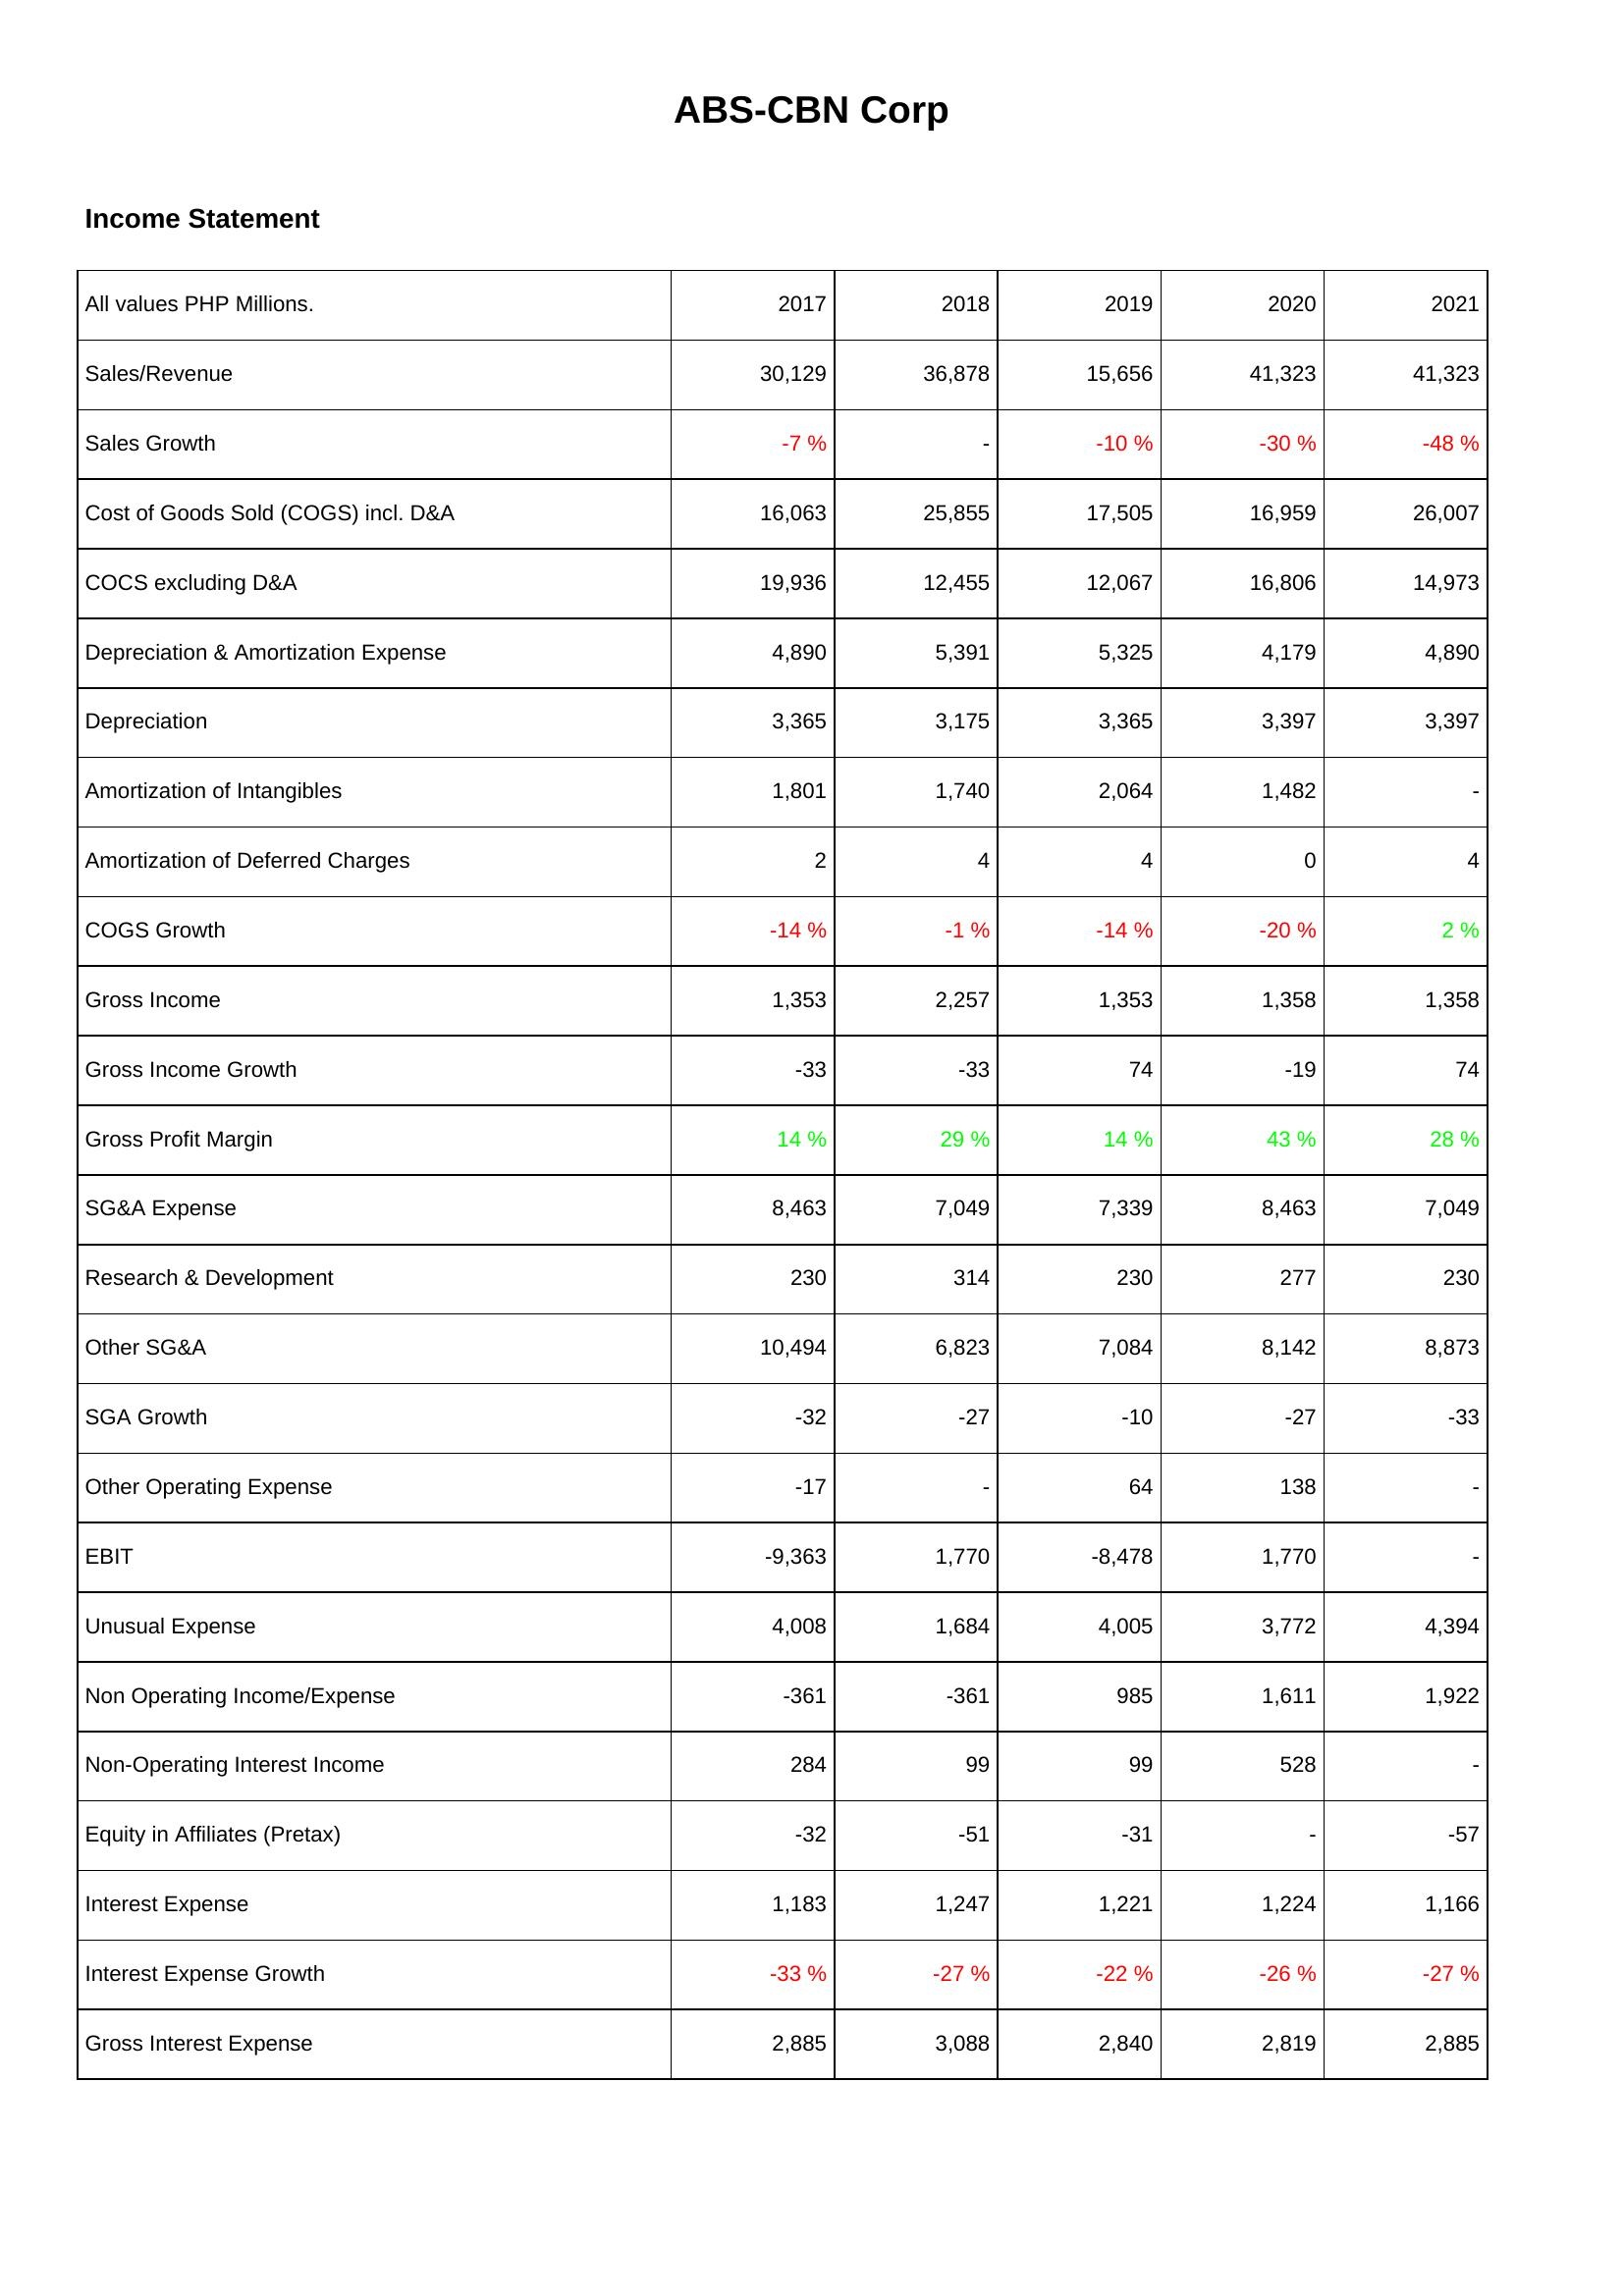
2017: Income Statement: Sales/Revenue: 30,129
Sales Growth: -7 %
Cost of Goods Sold (COGS) incl. D&A: 16,063
COCS excluding D&A: 19,936
Depreciation & Amortization Expense: 4,890
Depreciation: 3,365
Amortization of Intangibles: 1,801
Amortization of Deferred Charges: 2
COGS Growth: -14 %
Gross Income: 1,353
Gross Income Growth: -33
Gross Profit Margin: 14 %
SG&A Expense: 8,463
Research & Development: 230
Other SG&A: 10,494
SGA Growth: -32
Other Operating Expense: -17
EBIT: -9,363
Unusual Expense: 4,008
Non Operating Income/Expense: -361
Non-Operating Interest Income: 284
Equity in Affiliates (Pretax): -32
Interest Expense: 1,183
Interest Expense Growth: -33 %
Gross Interest Expense: 2,885
2018: Income Statement: Sales/Revenue: 36,878
Sales Growth: -
Cost of Goods Sold (COGS) incl. D&A: 25,855
COCS excluding D&A: 12,455
Depreciation & Amortization Expense: 5,391
Depreciation: 3,175
Amortization of Intangibles: 1,740
Amortization of Deferred Charges: 4
COGS Growth: -1 %
Gross Income: 2,257
Gross Income Growth: -33
Gross Profit Margin: 29 %
SG&A Expense: 7,049
Research & Development: 314
Other SG&A: 6,823
SGA Growth: -27
Other Operating Expense: -
EBIT: 1,770
Unusual Expense: 1,684
Non Operating Income/Expense: -361
Non-Operating Interest Income: 99
Equity in Affiliates (Pretax): -51
Interest Expense: 1,247
Interest Expense Growth: -27 %
Gross Interest Expense: 3,088
2019: Income Statement: Sales/Revenue: 15,656
Sales Growth: -10 %
Cost of Goods Sold (COGS) incl. D&A: 17,505
COCS excluding D&A: 12,067
Depreciation & Amortization Expense: 5,325
Depreciation: 3,365
Amortization of Intangibles: 2,064
Amortization of Deferred Charges: 4
COGS Growth: -14 %
Gross Income: 1,353
Gross Income Growth: 74
Gross Profit Margin: 14 %
SG&A Expense: 7,339
Research & Development: 230
Other SG&A: 7,084
SGA Growth: -10
Other Operating Expense: 64
EBIT: -8,478
Unusual Expense: 4,005
Non Operating Income/Expense: 985
Non-Operating Interest Income: 99
Equity in Affiliates (Pretax): -31
Interest Expense: 1,221
Interest Expense Growth: -22 %
Gross Interest Expense: 2,840
2020: Income Statement: Sales/Revenue: 41,323
Sales Growth: -30 %
Cost of Goods Sold (COGS) incl. D&A: 16,959
COCS excluding D&A: 16,806
Depreciation & Amortization Expense: 4,179
Depreciation: 3,397
Amortization of Intangibles: 1,482
Amortization of Deferred Charges: 0
COGS Growth: -20 %
Gross Income: 1,358
Gross Income Growth: -19
Gross Profit Margin: 43 %
SG&A Expense: 8,463
Research & Development: 277
Other SG&A: 8,142
SGA Growth: -27
Other Operating Expense: 138
EBIT: 1,770
Unusual Expense: 3,772
Non Operating Income/Expense: 1,611
Non-Operating Interest Income: 528
Equity in Affiliates (Pretax): -
Interest Expense: 1,224
Interest Expense Growth: -26 %
Gross Interest Expense: 2,819
2021: Income Statement: Sales/Revenue: 41,323
Sales Growth: -48 %
Cost of Goods Sold (COGS) incl. D&A: 26,007
COCS excluding D&A: 14,973
Depreciation & Amortization Expense: 4,890
Depreciation: 3,397
Amortization of Intangibles: -
Amortization of Deferred Charges: 4
COGS Growth: 2 %
Gross Income: 1,358
Gross Income Growth: 74
Gross Profit Margin: 28 %
SG&A Expense: 7,049
Research & Development: 230
Other SG&A: 8,873
SGA Growth: -33
Other Operating Expense: -
EBIT: -
Unusual Expense: 4,394
Non Operating Income/Expense: 1,922
Non-Operating Interest Income: -
Equity in Affiliates (Pretax): -57
Interest Expense: 1,166
Interest Expense Growth: -27 %
Gross Interest Expense: 2,885